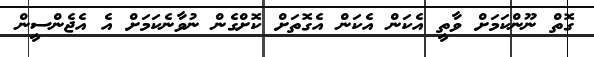
ގޮތް ނޫންކަމަށް ވާތީ އެކަން އެކަން އެގޮތަށް ކޮށްގެން ނުވާނެކަމަށް އެ އެޖެންސީން